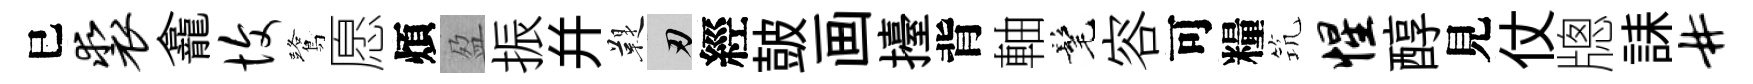
巳裘龕愎鷺愿煩盈振幷鞮刃經皷画擡背軸髦容可糧𥬑惺醇見仗牕誄#